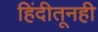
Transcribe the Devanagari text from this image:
हिंदीतूनही